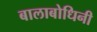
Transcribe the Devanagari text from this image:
बालाबोधिनी